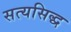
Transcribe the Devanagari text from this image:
सत्यसिद्ध